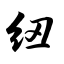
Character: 纽